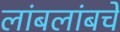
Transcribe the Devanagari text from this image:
लांबलांबचे